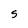
Character: S